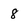
Character: 8